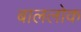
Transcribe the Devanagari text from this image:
बाललोक